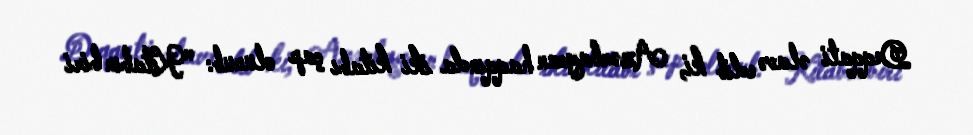
Deqqati əlavə edib ki, Azərbaycan haqqında iki kitabı çap olunub: "Kitabın biri